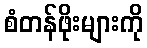
စံတန်ဖိုးများကို